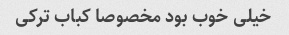
خیلی خوب بود مخصوصا کباب ترکی